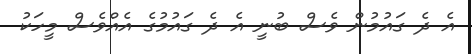
އެ ދެ ގައުމުން ވެސް ބުނީ އެ ދެ ގައުމުގެ އެއްވެސް މީހަކު